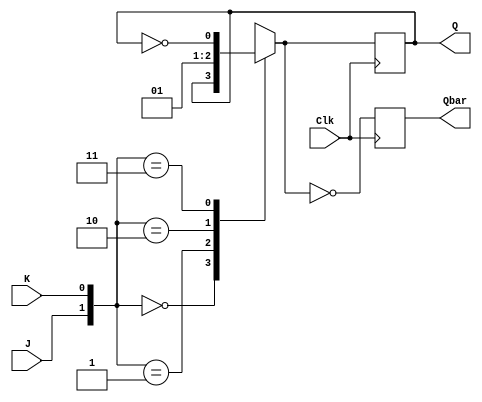
module JKFF(Q, Qbar, J, K, Clk);
	output reg Q, Qbar;
	input J, K, Clk;
	always @ (posedge Clk)
	begin
		case({J,K})
			2'b00: Q = Q;
			2'b01: Q = 1'b 0;
			2'b10: Q = 1'b 1;
			2'b11: Q = ~Q;
		endcase
		Qbar = ~Q;
	end
endmodule